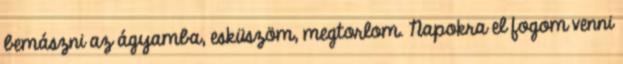
bemászni az ágyamba, esküszöm, megtorlom. Napokra el fogom venni